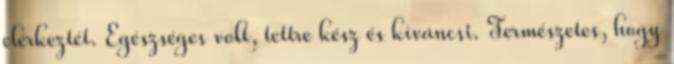
elérkeztét. Egészséges volt, tettre kész és kíváncsi. Természetes, hogy